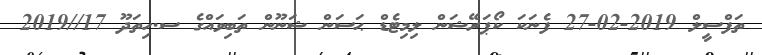
ތަފްސީލް 2019-02-27 ފެނަކަ ކޯޕަރޭޝަން ލިމިޓެޑް ޙަސަން ޝަނޫން ތަބިވައްގެ ސ.ހިތަދޫ 17//2019